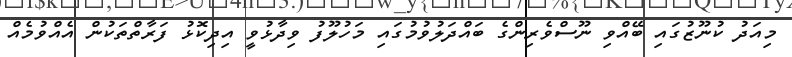
މިއަދު ކުނޫޒުގައި ބޭއްވި ނޫސްވެރިންގެ ބައްދަލުވުމުގައި މަހުލޫފު ވިދާޅުވީ އިދިކޮޅު ފަރާތްތަކުން އެއްވުމެއް